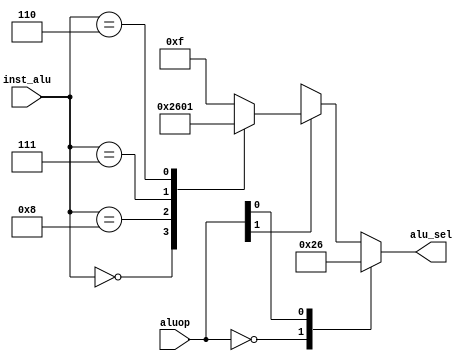
`timescale 1ns/1ps

module alu_ctrl(
    input       [1:0]   aluop,
    input       [3:0]   inst_alu,
    output  reg [3:0]   alu_sel
);

always  @(aluop)    begin
    casez(aluop)
        2'b00:begin
            alu_sel <=  4'b0010;
        end
        2'b?1:begin
            alu_sel <=  4'b0110;
        end
        2'b1?:begin
            case(inst_alu)
                4'b0000:alu_sel <=  4'b0010;
                4'b1000:alu_sel <=  4'b0110;
                4'b0111:alu_sel <=  4'b0000;
                4'b0110:alu_sel <=  4'b0001;
                default:alu_sel <=  4'b1111;
            endcase
        end
        default:alu_sel <=  4'b1111;
    endcase
end

endmodule